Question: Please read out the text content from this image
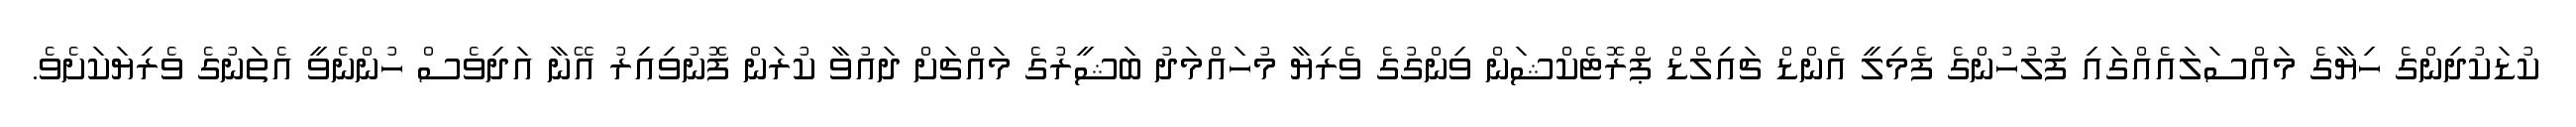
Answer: ކުޑަކުދިންގެ ހިޔާގެ މައްސަލައެއްގައި ފުލުހުންގެ ފެމިލީ އެންޑް ޗައިލްޑް ޕްރޮޓެކްޝަން ވިންގުގެ ވެރިޔާ މުހައްމަދު ބަޝީރުގެ މައްޗަށް ދައުވާ ކުރަން ފޮނުވިއިރު އޭނާ އަދިވެސް ހުންނެވީ އެތަނުގެ ވެރިޔަކަށެވެ.